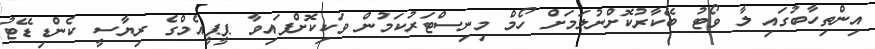
އިންތިހާބުގައި ލާ ވޯޓު ބޭކާރުކޮށްނުލަމަށް ހޯމް މިނިސްޓަރުކަމުން ވަކިކޮށްފައިވާ ޕީޕީއެމްގެ ރިޔާސީ ކެންޑިޑޭޓު